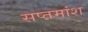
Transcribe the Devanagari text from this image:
सप्तमांश